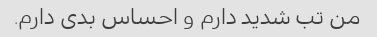
من تب شدید دارم و احساس بدی دارم.